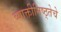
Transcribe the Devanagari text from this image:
व्याक्तीनिष्ठ्तेचे